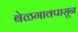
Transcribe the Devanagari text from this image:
बेळगावपासून